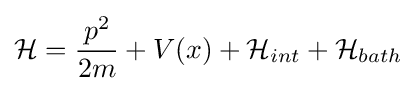
{\mathcal {H}}={\frac {p^{2}}{2m}}+V(x)+{\mathcal {H}}_{int}+{\mathcal {H}}_{bath}